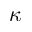
\kappa